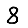
Digit: 8